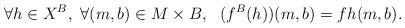
LaTeX: \begin{align*}\quad\forall h\in X^B, ~\forall (m, b)\in M\times B,~~ (f^B(h))(m, b) = fh (m,b).\end{align*}